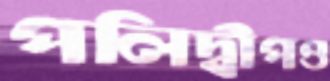
পলিদ্বীপও